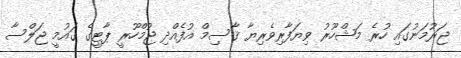
ޖަރުމަނުގައި ހުރެ މަޝްހޫރު ވިޔަފާރިވެރިޔާ ޤާސިމް އުފެއްދި ޖުމްހޫރީ ޕާޓީގެ ގައުމީ ޖަލްސާ